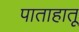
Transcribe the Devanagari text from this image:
पाताहातू